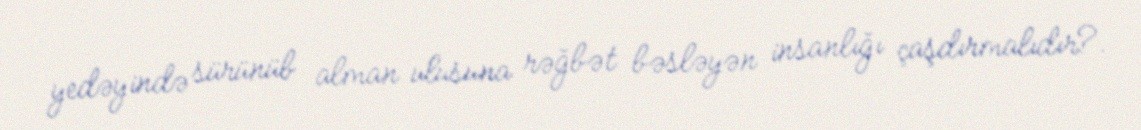
yedəyində sürünüb alman ulusuna rəğbət bəsləyən insanlığı çaşdırmalıdır?.